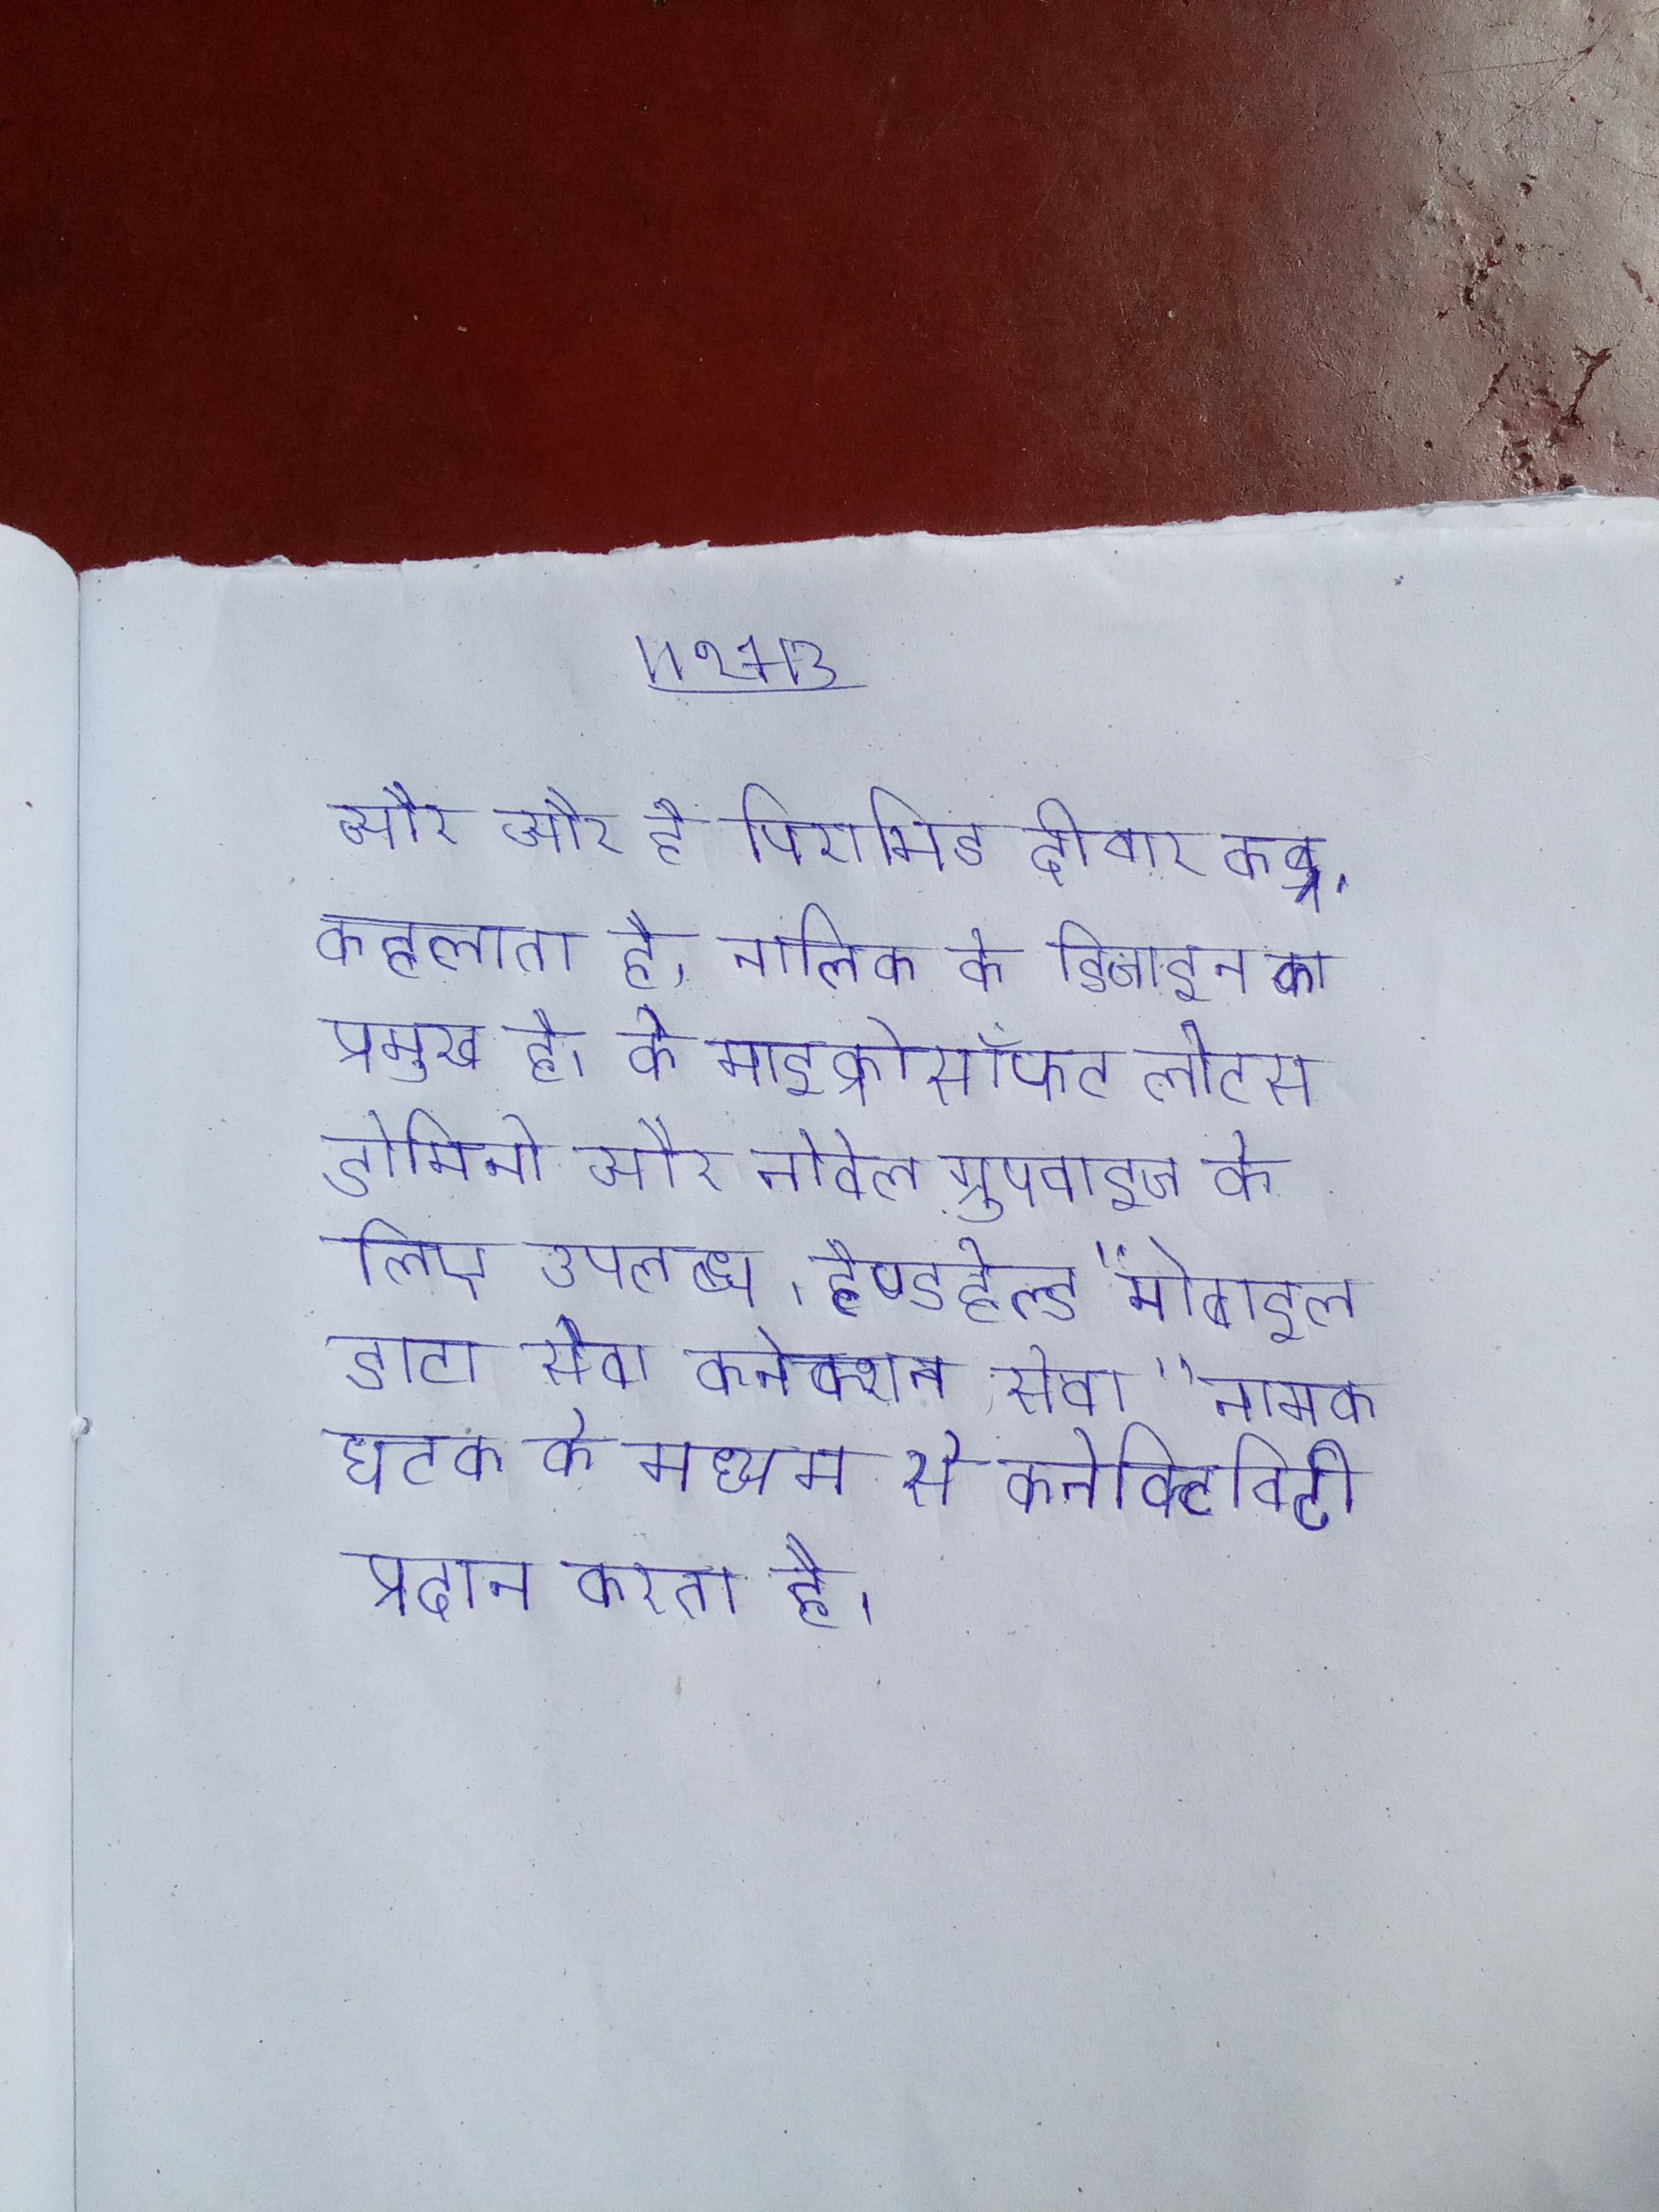
और और है पिरामिड दीवार कब्र . कहलाता है, नालिका के डिजाइन का प्रमुख है । के माइक्रोसॉफ्ट लोटस डोमिनो और नोवेल ग्रुपवाइज के लिए उपलब्ध । हैण्डहेल्ड "मोबाइल डाटा सेवा-कनेक्शन सेवा" नामक घटक के माध्यम से कनेक्टिविटी प्रदान करता है ।